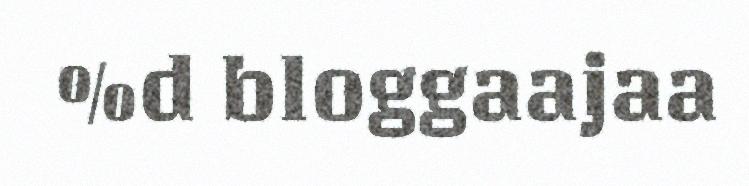
%d bloggaajaa